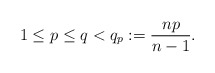
\begin{align*}1\leq p\leq q <q_{p}:=\frac{np}{n-1}.\end{align*}